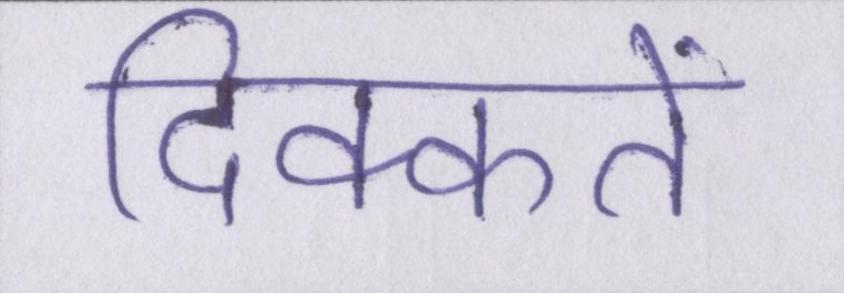
दिक्कतें